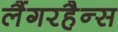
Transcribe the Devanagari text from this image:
लैंगरहैन्स